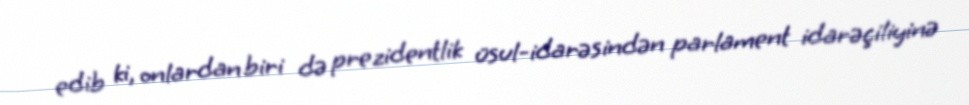
edib ki, onlardan biri də prezidentlik üsul-idarəsindən parlament idarəçiliyinə